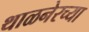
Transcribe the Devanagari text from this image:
थाळनेरच्या